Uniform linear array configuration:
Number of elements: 16
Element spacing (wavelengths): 1
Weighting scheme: kaiser
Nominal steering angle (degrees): -15
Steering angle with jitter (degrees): -14.252
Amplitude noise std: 0.05
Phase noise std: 0.05

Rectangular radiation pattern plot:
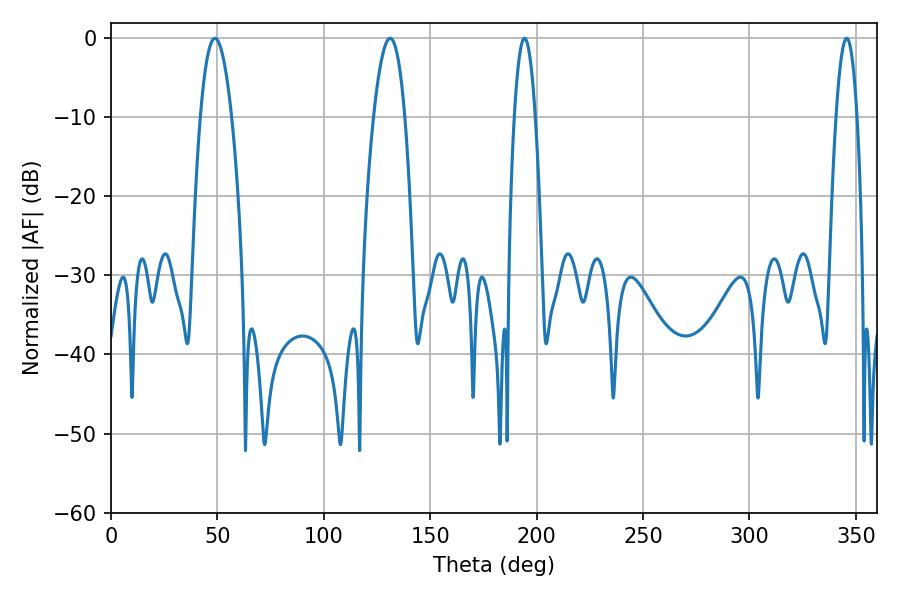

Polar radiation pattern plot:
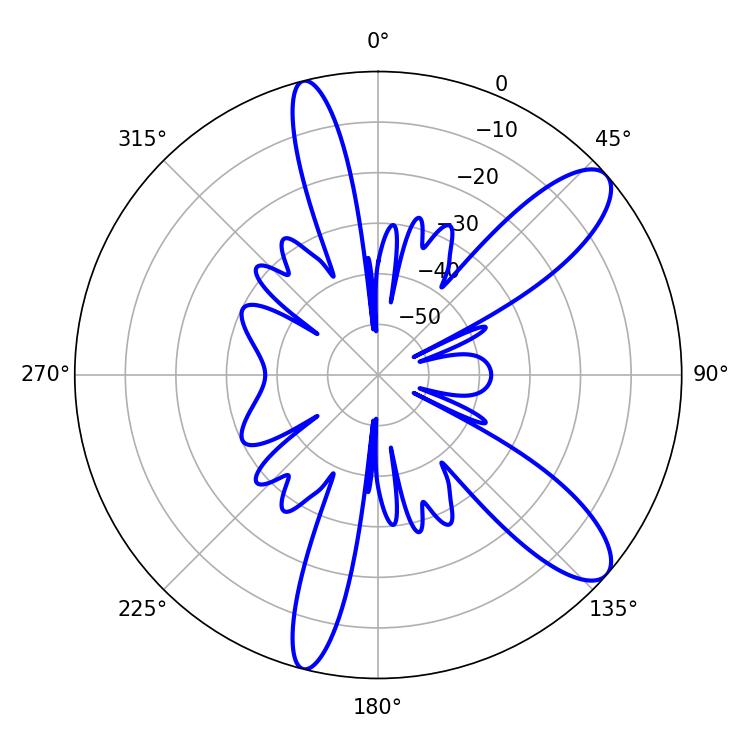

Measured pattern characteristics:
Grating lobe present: TRUE
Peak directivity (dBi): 10.514
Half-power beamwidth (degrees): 8.1
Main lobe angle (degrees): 48.78